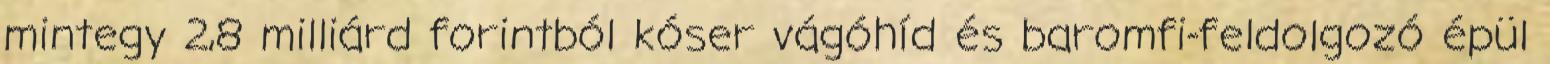
mintegy 2,8 milliárd forintból kóser vágóhíd és baromfi-feldolgozó épül